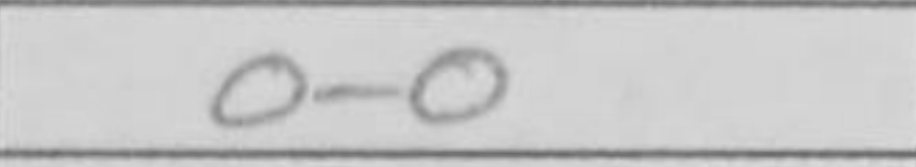
Transcription: O-O